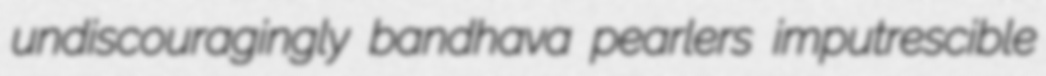
undiscouragingly bandhava pearlers imputrescible